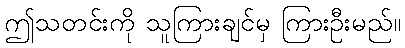
ဤသတင်းကို သူကြားချင်မှ ကြားဦးမည်။